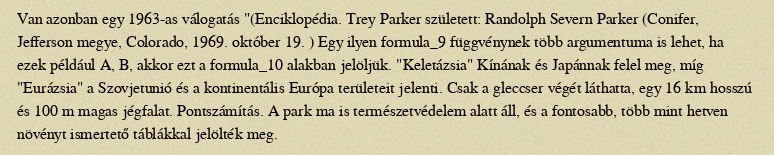
Van azonban egy 1963-as válogatás "(Enciklopédia. Trey Parker született: Randolph Severn Parker (Conifer, Jefferson megye, Colorado, 1969. október 19. ) Egy ilyen formula_9 függvénynek több argumentuma is lehet, ha ezek például A, B, akkor ezt a formula_10 alakban jelöljük. "Keletázsia" Kínának és Japánnak felel meg, míg "Eurázsia" a Szovjetunió és a kontinentális Európa területeit jelenti. Csak a gleccser végét láthatta, egy 16 km hosszú és 100 m magas jégfalat. Pontszámítás. A park ma is természetvédelem alatt áll, és a fontosabb, több mint hetven növényt ismertető táblákkal jelölték meg.